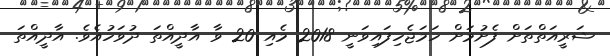
ޝަރީއަތްތަށް ފެށުމަށް ހަމަޖެހިފައިވަނީ 2018 މެއި 20 ވާ އާދީއްތަ ދުވަހުއެވެ. އާދީއްތަ